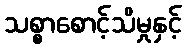
သစ္စာစောင့်သိမှုနှင့်